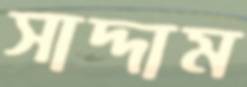
সাদ্দাম